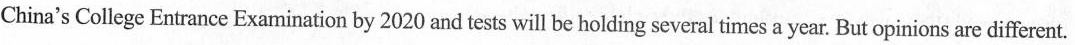
China's College Entrance Examination by 2020 and tests will be holding several times a year. But opinions are different.